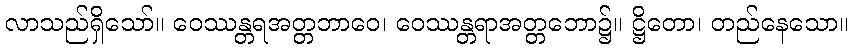
လာသည်ရှိသော်။ ဝေဿန္တရအတ္တဘာဝေ၊ ဝေဿန္တရာအတ္တဘော၌။ ဋ္ဌိတော၊ တည်နေသော။